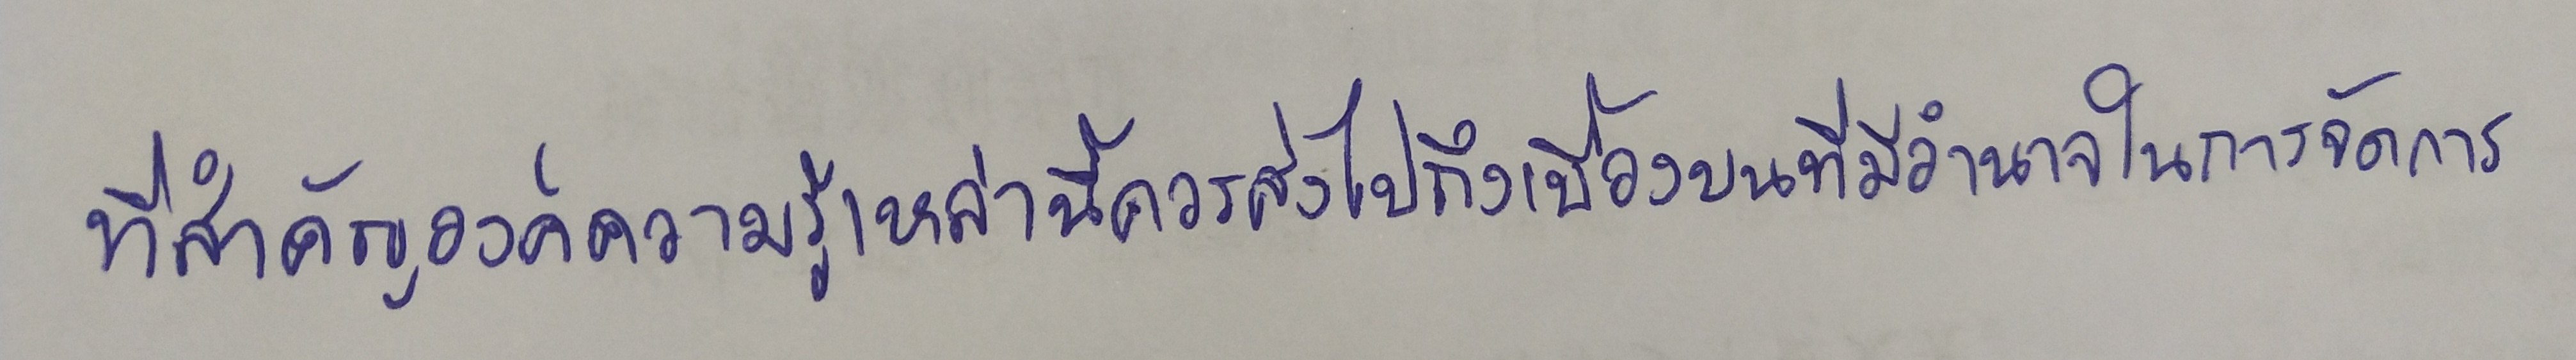
ที่สำคัญองค์ความรู้เหล่านี้ควรส่งไปถึงเบื้องบนที่มีอำนาจในการจัดการ